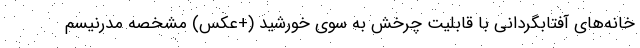
خانه‌های آفتابگردانی با قابلیت چرخش به سوی خورشید (+عکس) مشخصه مدرنیسم